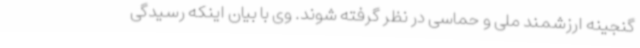
گنجینه ارزشمند ملی و حماسی در نظر گرفته شوند. وی با بیان اینکه رسیدگی